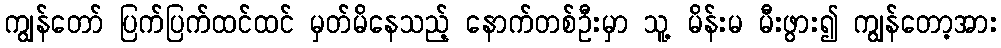
ကျွန်တော် ပြက်ပြက်ထင်ထင် မှတ်မိနေသည့် နောက်တစ်ဦးမှာ သူ့ မိန်းမ မီးဖွား၍ ကျွန်တော့အား